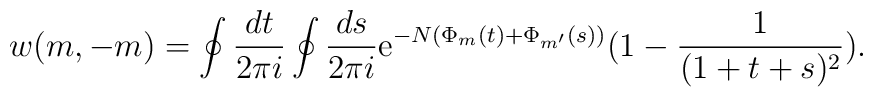
w(m,-m )=\oint \frac{dt}{2\pi i}\oint \frac{ds}{2\pi i}                   {\rm e}^{-N(\Phi_{m}(t)+\Phi_{m'}(s))}                   (1-\frac{1}{(1+t+s)^2} ) .